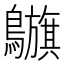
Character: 𪇥